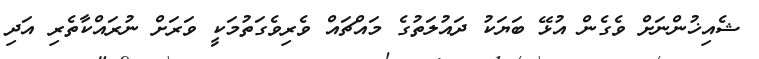
ޝެއިޚުންނަށް ވެގެން އުޅޭ ބަޔަކު ދައުލަތުގެ މައްޗައް ވެރިވެގަތުމަކީ ވަރަށް ނުރައްކާތެރި އަދި